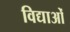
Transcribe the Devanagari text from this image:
विद्याओँ